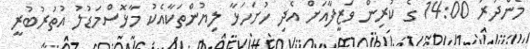
މެންދުރު 14:00 ގެ ކުރިން ވަޒީފާއަށް އެދި ހުށަހަޅާ ލިޔުންތަކާއެކު މާޅޮސްމަޑުލު އުތުރުބުރީ